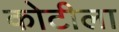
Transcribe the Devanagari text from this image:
कोटीला